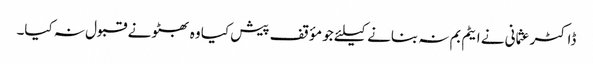
ڈاکٹر عثمانی نے ایٹم بم نہ بنانے کیلئے جو مؤقف پیش کیا وہ بھٹو نے قبول نہ کیا۔